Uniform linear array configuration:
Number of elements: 32
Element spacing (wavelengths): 0.75
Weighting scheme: hann
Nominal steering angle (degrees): -60
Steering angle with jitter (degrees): -61.143
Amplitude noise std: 0.05
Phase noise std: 0.05

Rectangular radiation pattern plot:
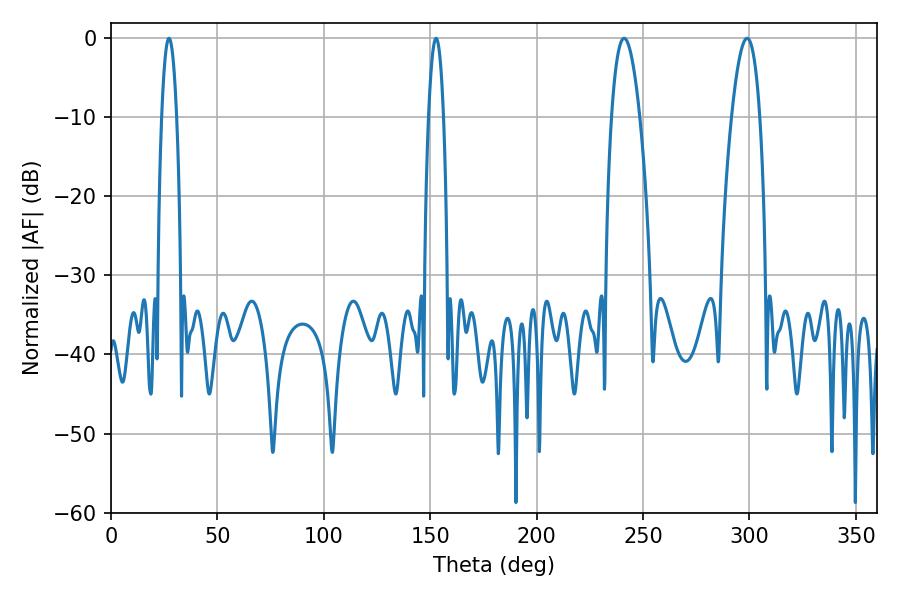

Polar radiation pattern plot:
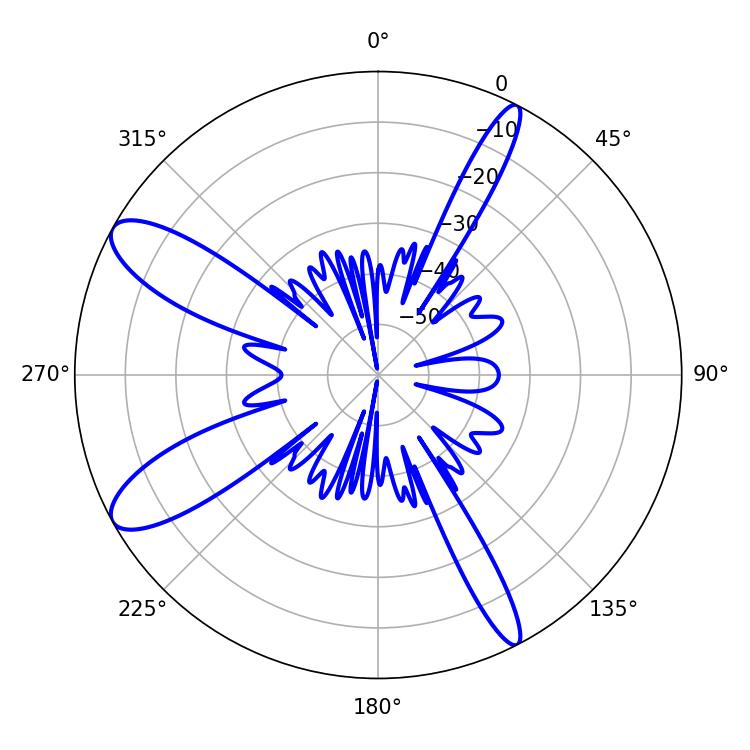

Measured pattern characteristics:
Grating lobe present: TRUE
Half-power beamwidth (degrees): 7.38
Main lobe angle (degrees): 241.02